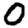
Digit: 0